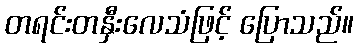
တရင်းတနှီးလေသံဖြင့် ပြောသည်။